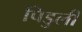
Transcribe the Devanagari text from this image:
पिडुली